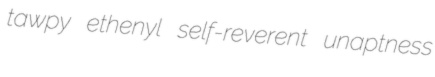
tawpy ethenyl self-reverent unaptness